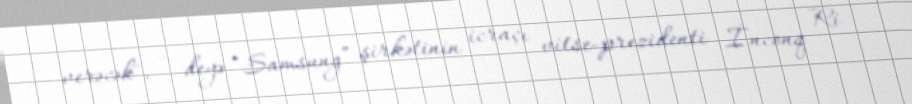
verəcək", – deyə “Samsung” şirkətinin icraçı vitse-prezidenti İnconq Ri